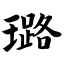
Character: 璐